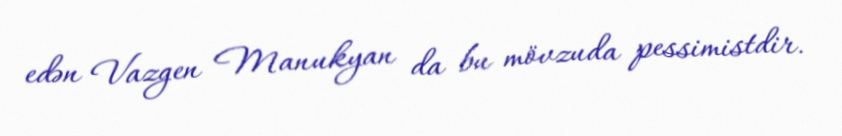
edən Vazgen Manukyan da bu mövzuda pessimistdir.